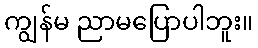
ကျွန်မ ညာမပြောပါဘူး။